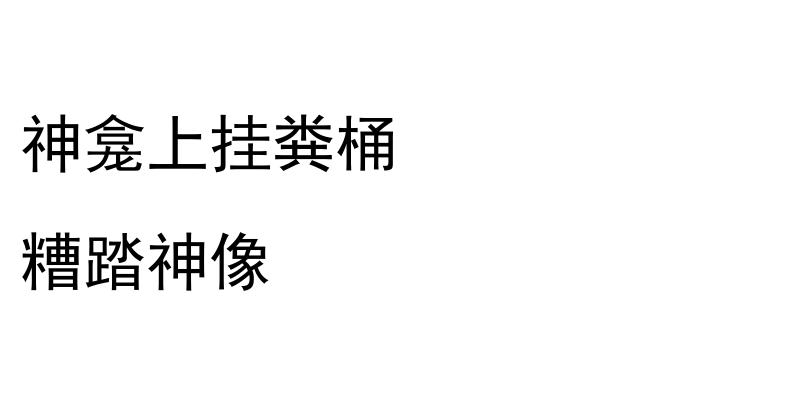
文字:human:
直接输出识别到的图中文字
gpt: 神龛上挂粪桶 糟踏神像